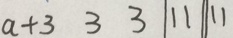
a + 3 3 3 \vert 1 1 \vert \vert 1 1